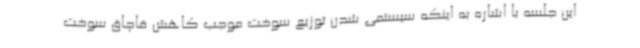
این جلسه با اشاره به اینکه سیستمی شدن توزیع سوخت موجب کاهش قاچاق سوخت